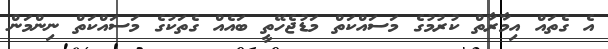
އެ ގެތައް އިމާރާތް ކުރުމުގެ މަސައްކަތް މަޑުޖެހޭތީ ބައެއް ގެތަކުގެ މަސައްކަތް ނިންމަން